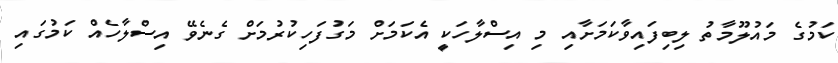
ކަމުގެ މައުލޫމާތު ލިބިފައިވާކަމަށާއި މި އިސްލާހަކީ އެކަމަށް މަގުފަހިކުރުމަށް ގެނެވޭ އިސްލާހެއް ކަމުގައި